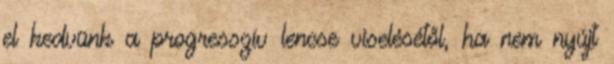
el kedvünk a progresszív lencse viselésétől, ha nem nyújt